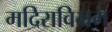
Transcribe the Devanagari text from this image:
मदिराविभ्रम